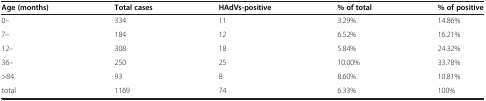
| Age (months) | Total cases | HAdVs-positive | % of total | % of positive |
 | --- | --- | --- | --- | --- |
 | 0– | 334 | 11 | 3.29% | 14.86% |
 | 7– | 184 | 12 | 6.52% | 16.21% |
 | 12– | 308 | 18 | 5.84% | 24.32% |
 | 36– | 250 | 25 | 10.00% | 33.78% |
 | >84 | 93 | 8 | 8.60% | 10.81% |
 | total | 1169 | 74 | 6.33% | 100% |